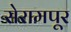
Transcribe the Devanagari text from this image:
सेरामपूर